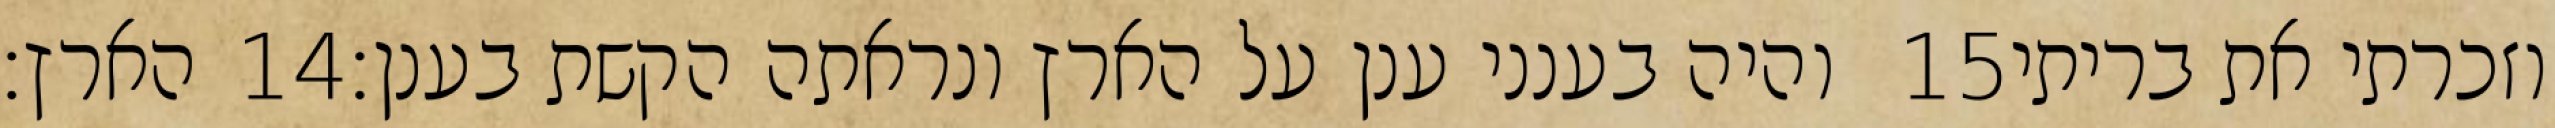
הארץ׃ ‎14‏ והיה בענני ענן על הארץ ונראתה הקשת בענן׃ ‎15‏ וזכרתי את בריתי